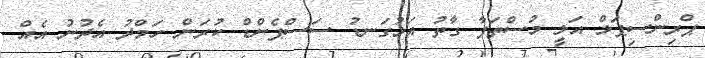
ޕްރިންސިޕަލް އަލީ މުސްތަފާ ގާތު އަޅުގަނޑު ސަސްޕެންޑް ކުރަން ހަމްދު އެދުނު އެއް